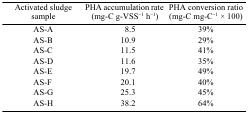
<table><thead><tr><td><b>Activated sludge sample</b></td><td><b>PHA accumulation rate (mg-C g-VSS<sup>−1</sup> h<sup>−1</sup>)</b></td><td><b>PHA conversion ratio (mg-C mg-C<sup>−1</sup> × 100)</b></td></tr></thead><tbody><tr><td>AS-A</td><td>8.5</td><td>39%</td></tr><tr><td>AS-B</td><td>10.9</td><td>29%</td></tr><tr><td>AS-C</td><td>11.5</td><td>41%</td></tr><tr><td>AS-D</td><td>11.6</td><td>35%</td></tr><tr><td>AS-E</td><td>19.7</td><td>49%</td></tr><tr><td>AS-F</td><td>20.1</td><td>40%</td></tr><tr><td>AS-G</td><td>25.3</td><td>45%</td></tr><tr><td>AS-H</td><td>38.2</td><td>64%</td></tr></tbody></table>